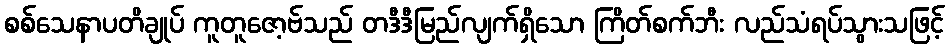
စစ်သေနာပတိချုပ် ကူတူဇော့ဗ်သည် တဒီဒီမြည်လျက်ရှိသော ကြိတ်စက်ဘီး လည်သံရပ်သွားသဖြင့်